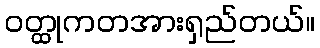
ဝတ္ထုကတအားရှည်တယ်။